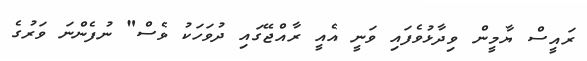
ރައީސް ޔާމީން ވިދާޅުވެފައި ވަނީ އެއީ ރާއްޖޭގައި ދުވަހަކު ވެސް" ނުފެންނަ ވަރުގެ